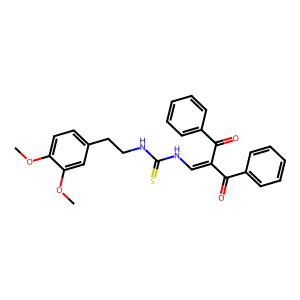
SMILES: COc1ccc(CCNC(=S)NC=C(C(=O)c2ccccc2)C(=O)c2ccccc2)cc1OC
Inhibits HIV replication: No